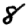
Digit: 8